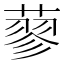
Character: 蓼